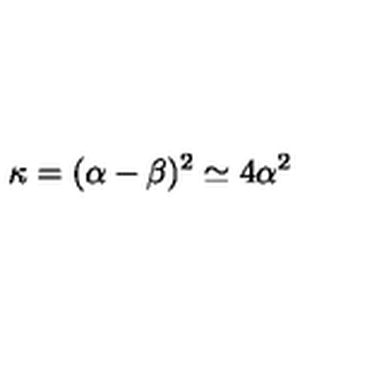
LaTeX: \kappa = ( \alpha - \beta ) ^ { 2 } \simeq 4 \alpha ^ { 2 }